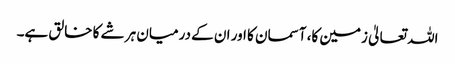
اللہ تعالیٰ زمین کا، آسمان کا اور ان کے درمیان ہر شے کا خالق ہے۔